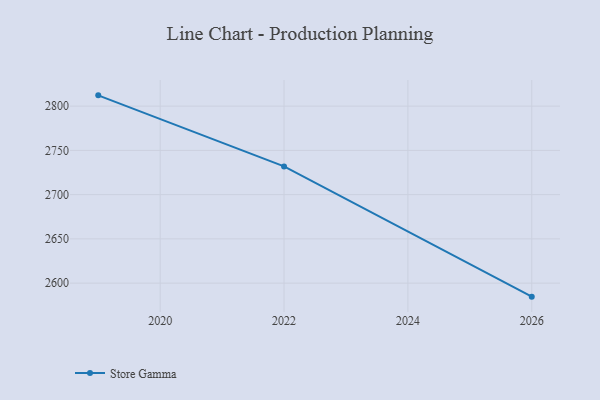
{"axis": {"x": "Year", "y": "Waste Production (Tons)"}, "legend": ["Store Gamma"], "data": [{"x": "2019", "y": 2812.2, "type": "Store Gamma"}, {"x": "2022", "y": 2731.9, "type": "Store Gamma"}, {"x": "2026", "y": 2584.7, "type": "Store Gamma"}]}